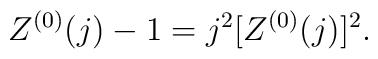
Z^{(0)}(j)-1=j^2[Z^{(0)}(j)]^2.